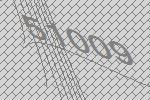
51009